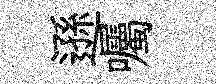
遜囑